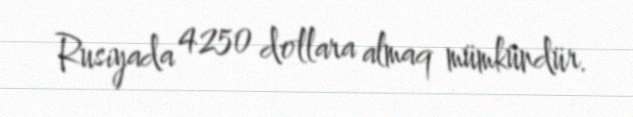
Rusiyada 4250 dollara almaq mümkündür.